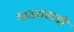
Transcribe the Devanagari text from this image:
भाऊरावाची